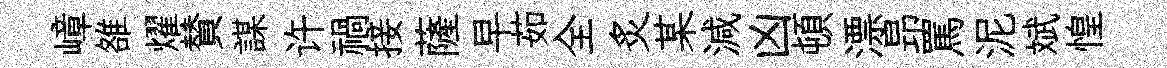
嶂雒燿賛謀许禍接薩早茹全炙某減凶頓漂昻罵泥斌惶